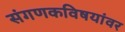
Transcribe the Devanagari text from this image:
संगणकविषयांवर